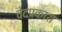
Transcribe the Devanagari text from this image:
वेदप्रकाश